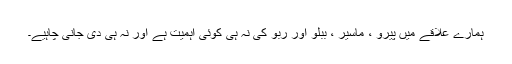
ہمارے علاقے میں پیرو ، ماسیر ، ببلو اور ربو کی نہ ہی کوئی اہمیت ہے اور نہ ہی دی جانی چاہیے۔